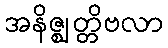
အနိဇ္ဈတ္တိဗလာ